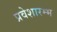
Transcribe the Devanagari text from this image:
प्रवेशारम्भ